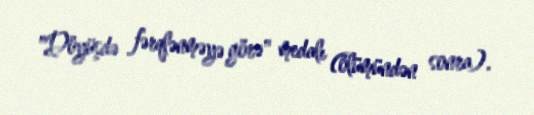
"Döyüşdə fərqlənməyə görə" medalı (ölümündən sonra).